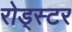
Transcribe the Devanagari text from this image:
रोड्स्टर